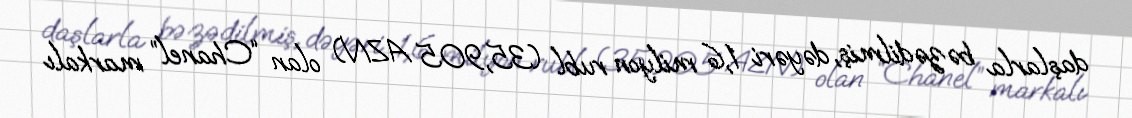
daşlarla bəzədilmiş, dəyəri 1,6 milyon rubl (35,905 AZN) olan “Chanel” markalı